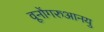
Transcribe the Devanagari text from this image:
वूनोंगरुआनयु